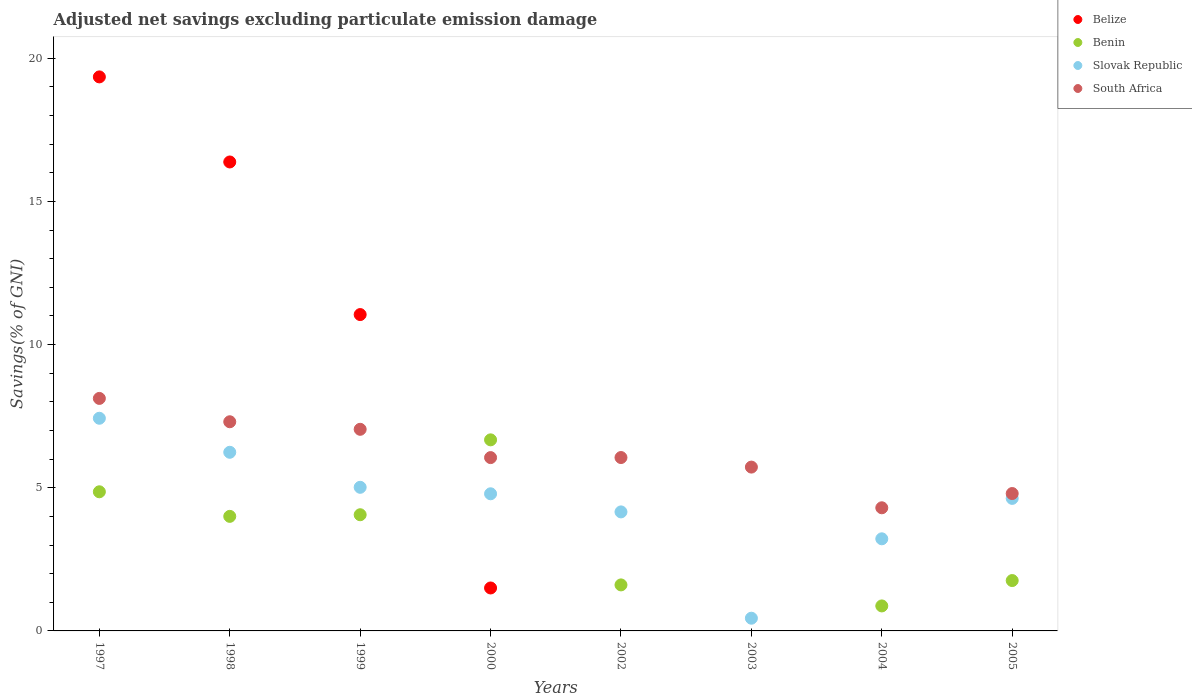
| Years | Belize | Benin | Slovak Republic | South Africa |
 | --- | --- | --- | --- | --- |
 | 1997 | 19.3 | 4.86 | 7.43 | 8.12 |
 | 1998 | 16.4 | 4 | 6.24 | 7.3 |
 | 1999 | 11 | 4.06 | 5.02 | 7.04 |
 | 2000 | 1.5 | 6.67 | 4.79 | 6.05 |
 | 2002 | -3.4 | 1.61 | 4.16 | 6.05 |
 | 2003 | -8.82 | -1.8 | 0.444 | 5.72 |
 | 2004 | -7.03 | 0.873 | 3.22 | 4.3 |
 | 2005 | -4.17 | 1.76 | 4.63 | 4.8 |